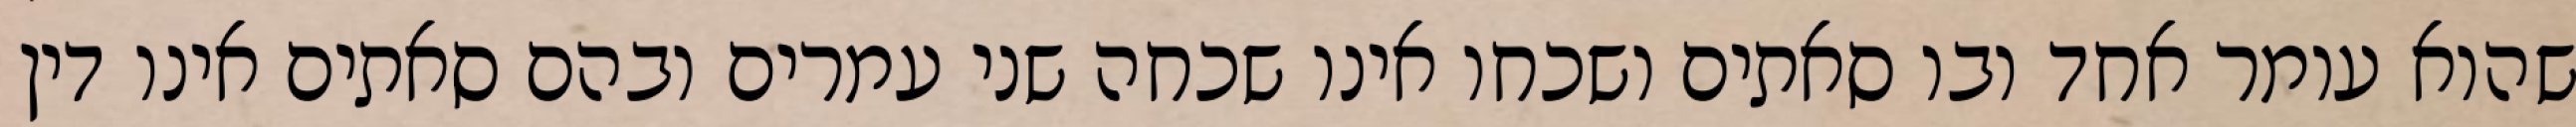
שהוא עומר אחד ובו סאתים ושכחו אינו שכחה שני עמרים ובהם סאתים אינו דין